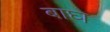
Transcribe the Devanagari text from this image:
बाघ्‍ा